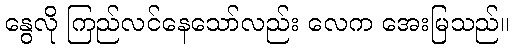
နွေလို ကြည်လင်နေသော်လည်း လေက အေးမြသည်။